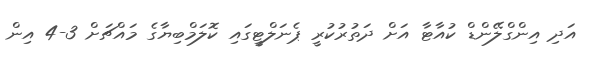
އަދި އިންގްލޭންޑް ކުއާޓާ އަށް ދަތުރުކުރީ ޕެނަލްޓީގައި ކޮލަމްބިޔާގެ މައްޗަށް 3-4 އިން